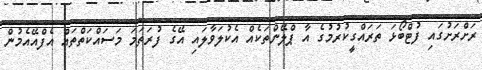
ރަށްރަށުގައި ފުޓްބޯޅަ ތަރައްގީކުރުމުގެ އާ ޕްލޭންތަކެއް އެކުލަވާލައި އޭގެ ފުރަތަމަ މަސައްކަތްތައް އެފްއޭއެމުން